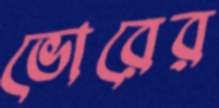
ভোরের